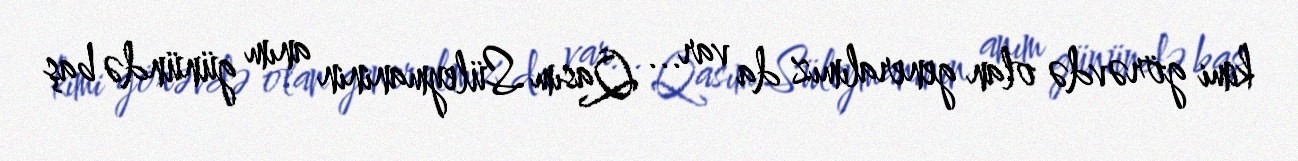
kimi görəvdə olan generalımız da var... Qasım Süleymaninin anım günündə baş